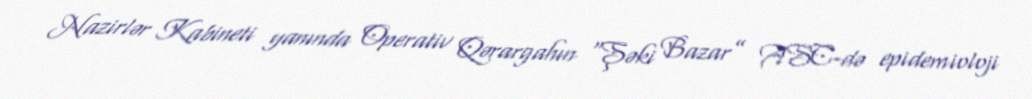
Nazirlər Kabineti yanında Operativ Qərargahın “Şəki Bazar” ASC-də epidemioloji